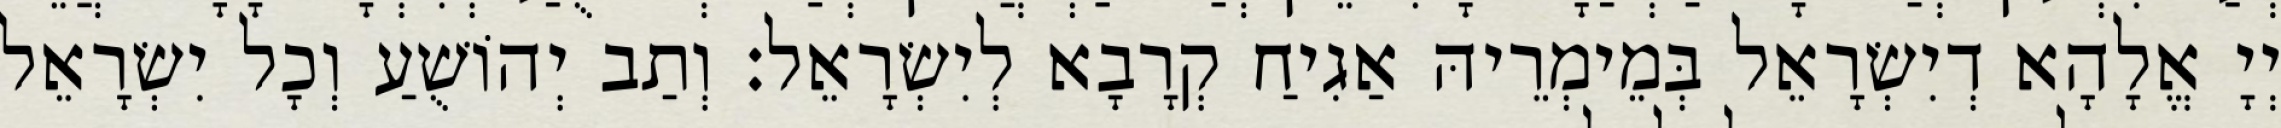
יְיָ אֱלָהָא דְיִשְׂרָאֵל בְּמֵימְרֵיהּ אַגִיחַ קְרָבָא לְיִשְׂרָאֵל׃ וְתַב יְהוֹשֻׁעַ וְכָל יִשְׂרָאֵל